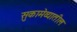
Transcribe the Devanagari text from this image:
सुकामेव्यातील